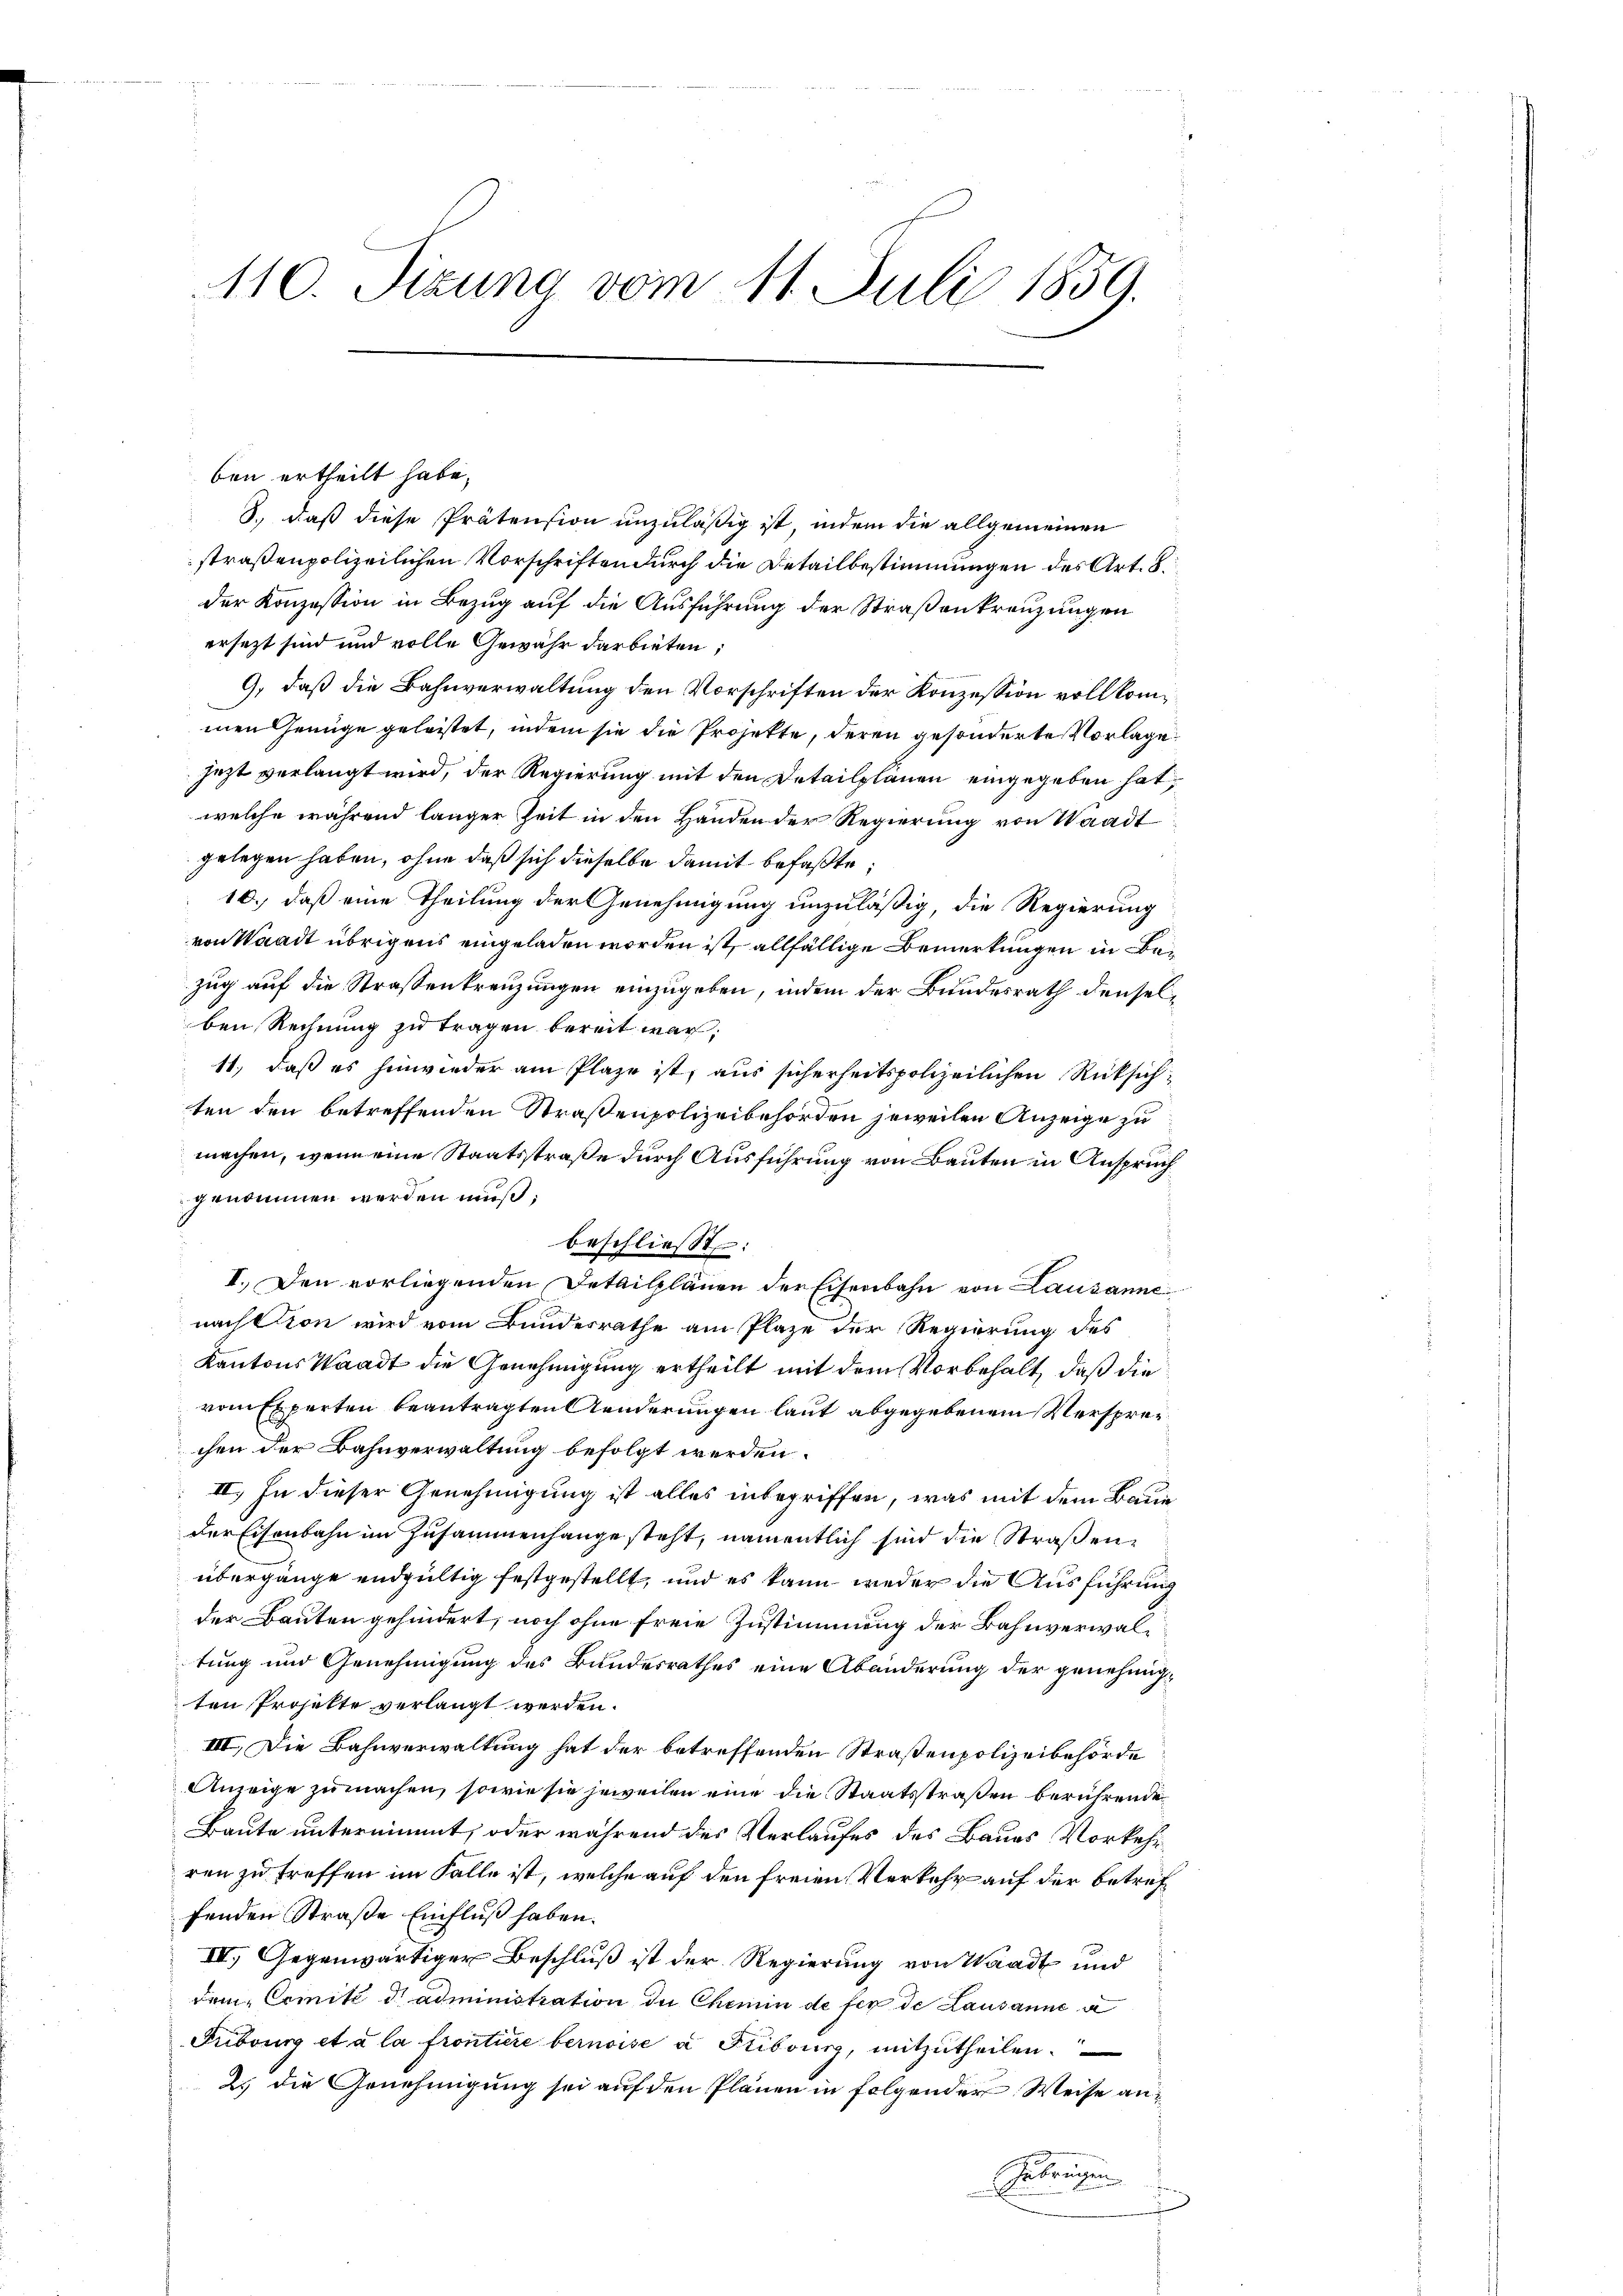
110. Sizung vom 11. Juli 1859.

ben ertheilt habe,
3., daß diese Prätension unzuläßig ist, indem die allgemeinen
straßenpolizeilichen Vorschriften durch die Detailbestimmungen des Art. 8.
der Konzession in Bezug auf die Ausführung der Straßenkreuzungen
ersezt sind und volle Gewähr darbieten;
9, daß die Bahnverwaltung den Vorschriften der Konzession vollkommen Genüge geleistet, indem sie die Projekte, deren gesonderte Vorlage
jezt verlangt wird, der Regierung mit den Detailplänen eingegeben hat,
welche während länger Zeit in den Handen der Regierung von Waadt
gelegen haben, ohne daß sich dieselbe damit befaßte,
16.) daß eine Theilung der Genehmigung unzuläßig, die Regierung
von Waadt übrigens eingeladen worden ist, allfällige Bemerkungen in Bezug auf die Strassenkreuzungen einzugeben, indem der Bundesrath denselben Rechnung zu tragen bereit war,
11.) daß es hinwieder am Plaze ist, aus sicherheitspolizeilichen Rüksichten den betreffenden Straßenpolizeibehörden jeweilen Anzeige zu
machen, wenn eine Staatsstraße durch Ausführung von Bauten in Anspruch
genommen werden muß;
beschließt:
I. Den vorliegenden Detailplänen der Eisenbahn von Lausanne
nachttion wird vom Bundesrathe am Plaze der Regierung des
Kantons Waadt die Genehmigung ertheilt mit dem Vorbehalt, daß die
von Experten beantragten Aenderungen laut abgegebenem Versprec
chen der Bahnverwaltung befolgt werden.
II. In dieser Genehmigung ist alles inbegriffen, was mit dem Baue
Der Eisenbahn im Zusammenhange steht, namentlich sind die Straßenübergänge endgültig festgestellt, und es kann weder die Ausführung
der Bauten gehindert, noch ohne freie Zustimmung der Bahnverwaltung und Genehmigung des Bundesrathes eine Abänderung der genehmigten Projekte verlangt werden.
III. Die Bahnverwaltung hat der betreffenden Straßenpolizeibehörde
Anzeige zu machen, sowie sie jeweilen eine die Staatsstraßen berührende
Baute unternimmt, oder während des Verlaufes des Baues Vorkehrren zu treffen im Falle ist, welche auf den freien Verkehr auf der betreffenden Straße Einfluß haben.
III. Gegenwärtiger Beschluß ist der Regierung von Waadt und
dem Comité de administration der Chemin de fer de Lausanne de
Pubourg et à la frontiere bernoise à Fribours, mitzutheilen.
2.) Die Genehmigung sei auf den Plänen in folgender Weise an¬
Zubrichen